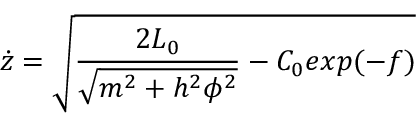
\dot { z } = \sqrt { \frac { 2 L _ { 0 } } { \sqrt { m ^ { 2 } + h ^ { 2 } \phi ^ { 2 } } } - C _ { 0 } e x p ( - f ) }